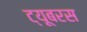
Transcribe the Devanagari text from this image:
ट्यूबरस